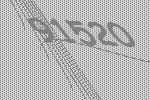
91520